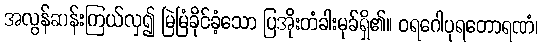
အလွန်ဆန်းကြယ်လှ၍ မြဲမြံခိုင်ခံ့သော ပြအိုးတံခါးမုခ်ရှိ၏။ ဝရဂေါပုရတောရဏံ၊